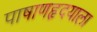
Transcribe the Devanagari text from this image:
पाषाणहृदयाला